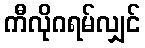
ကီလိုဂရမ်လျှင်